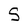
Character: S